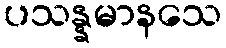
ပသန္နမာနသေ